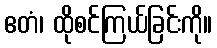
ဧတံ၊ ထိုစင်ကြယ်ခြင်းကို။